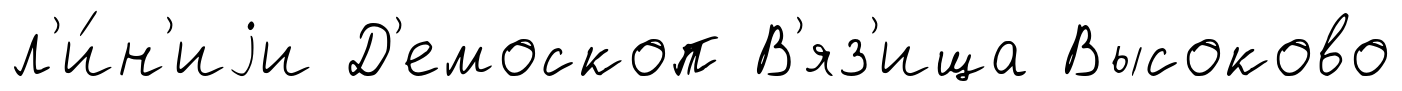
л'и́н'иjи Д'емоскоп В'яз'ища Высоково